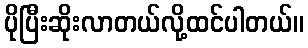
ပိုပြီးဆိုးလာတယ်လို့ထင်ပါတယ်။